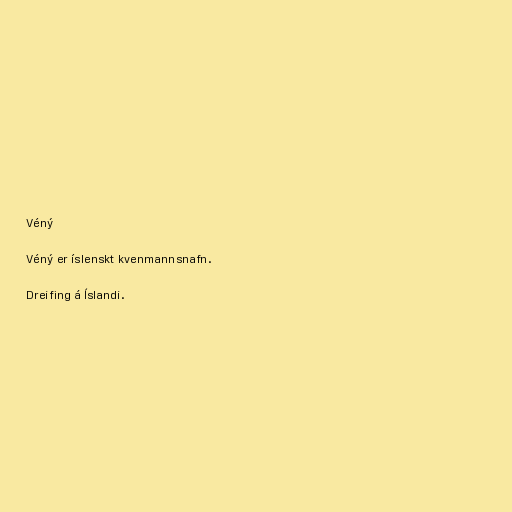
Véný

Véný er íslenskt kvenmannsnafn.

Dreifing á Íslandi.